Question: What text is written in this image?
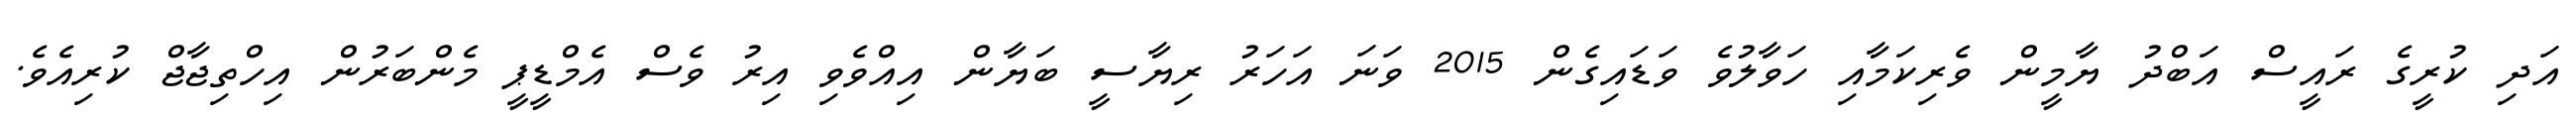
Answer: އަދި ކުރީގެ ރައީސް އަބްދު ޔާމީން ވެރިކަމާއި ހަވާލުވެ ވަޑައިގެން 2015 ވަނަ އަހަރު ރިޔާސީ ބަޔާން އިއްވެވި އިރު ވެސް އެމްޑީޕީ މެންބަރުން އިހްތިޖާޖް ކުރިއެވެ.